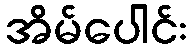
အိမ်ပေါင်း